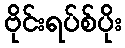
ဗိုင်းရပ်စ်ပိုး